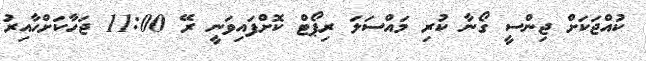
ކުއްޖަކަށް ޖިންސީ ގޯނާ ކުރި މައްސަލަ ރިޕޯޓް ކޮށްފައިވަނީ ރޭ 11:00 ޖަހާކަށްހާއިރު